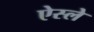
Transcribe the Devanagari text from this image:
ऐस्ले